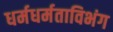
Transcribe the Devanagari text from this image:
धर्मधर्मताविभंग